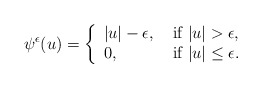
\begin{align*}\psi^\epsilon(u)=\left\{\begin{array}{ll} |u|-\epsilon , &\hbox{ if} \ |u|> \epsilon, \\0, &\hbox{ if}\ |u|\leq \epsilon.\end{array}\right.\end{align*}